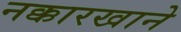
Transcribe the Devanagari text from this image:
नक्कारखाने